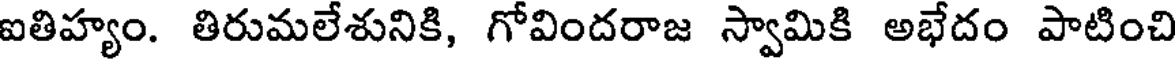
ఐతిహ్యం. తిరుమలేశునికి, గోవిందరాజ స్వామికి అభేదం పాటించి